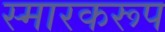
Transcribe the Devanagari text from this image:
स्मारकरूप